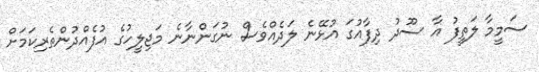
ސަމީމާ ލަތީފު އާ ސޫދު ދިފާއުގަ އުޅޭނެ ލަދެއްވެސް ނުގަންނާނެ މަޖިލީހުގެ އުފެއްދުންތެރިކަމަށް